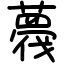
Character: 薎